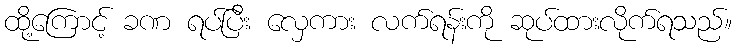
ထို့ကြောင့် ခဏ ရပ်ပြီး လှေကား လက်ရန်းကို ဆုပ်ထားလိုက်ရသည်။